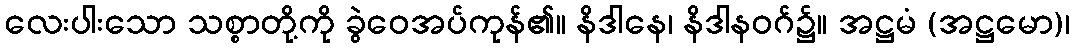
လေးပါးသော သစ္စာတို့ကို ခွဲဝေအပ်ကုန်၏။ နိဒါနေ၊ နိဒါနဝဂ်၌။ အဋ္ဌမံ (အဋ္ဌမော)၊